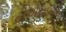
ટીએચઇએ